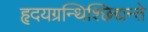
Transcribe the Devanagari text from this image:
हृदयग्रन्थिश्छिद्यन्ते